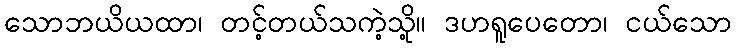
သောဘယိယထာ၊ တင့်တယ်သကဲ့သို့။ ဒဟရူပေတော၊ ငယ်သော